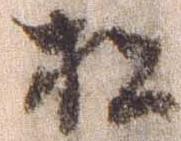
松